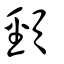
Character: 頸